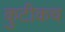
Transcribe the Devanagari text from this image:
कुटीकच